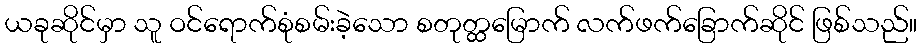
ယခုဆိုင်မှာ သူ ဝင်ရောက်စုံစမ်းခဲ့သော စတုတ္ထမြောက် လက်ဖက်ခြောက်ဆိုင် ဖြစ်သည်။